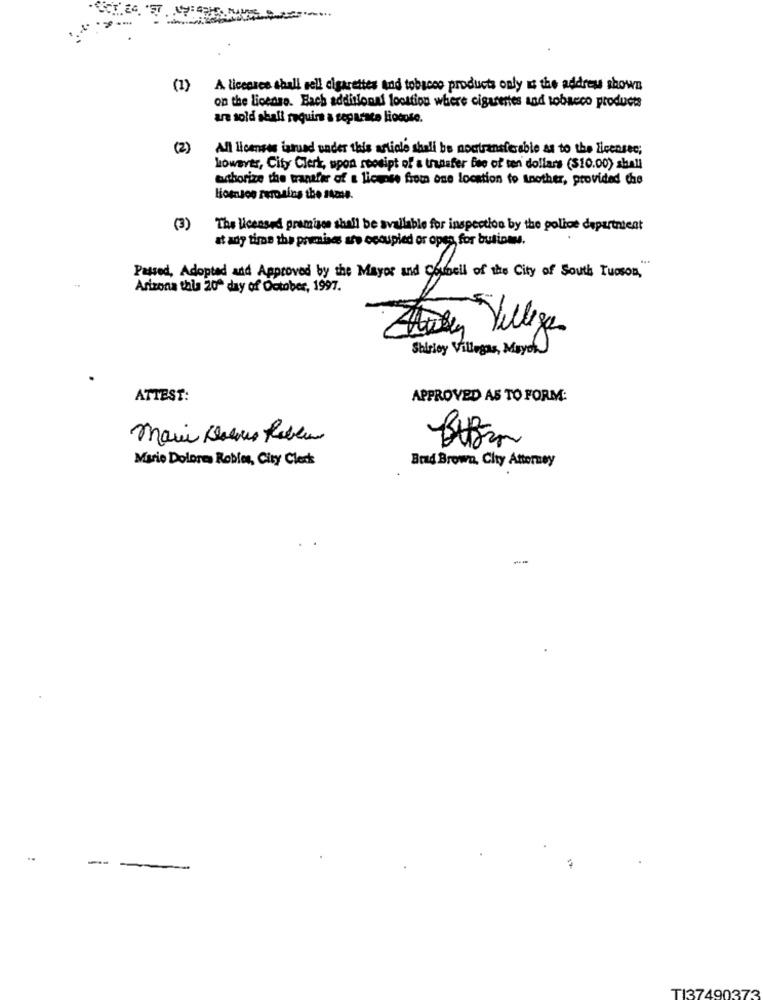
ST
-...
(1) A licensee shall sell cigarettes and tobacco products only is the address shown
on the license. Each additional location where cigarettes and tobacco products
are sold shall require a separace liocote.
(2 )
All licenses tatuad under this article shall be nontransferable as to the licensec;
however, City Clerk, upon seosipt of a transfer fee of ten dollars ($10.00) shall
achorize the transfer of a license from one location to Another, provided the
liossos remains the 14me.
(3) The licensed premises shall be available for inspection by the police department
at any time the premises are ocoupled or open, for butions.
Passed, Adopted and Approved by the Mayor and Cowbell of the City of South Tuoson,
Arizona this 20ª day of October, 1997.
Husen Villegas
Shirley Villegas, Mayok
ATTEST:
APPROVED AS TO FORM:
Mario Dolore Robles, City Clock
Brad Brown, Chy Attorney
TI37490373